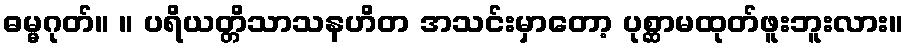
ဓမ္မဂုတ်။ ။ ပရိယတ္တိသာသနဟိတ အသင်းမှာတော့ ပုစ္ဆာမထုတ်ဖူးဘူးလား။